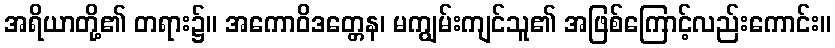
အရိယာတို့၏ တရား၌။ အကောဝိဒတ္တေန၊ မကျွမ်းကျင်သူ၏ အဖြစ်ကြောင့်လည်းကောင်း။